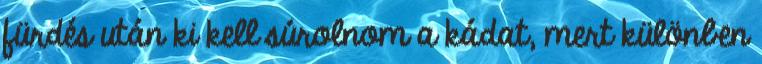
fürdés után ki kell súrolnom a kádat, mert különben